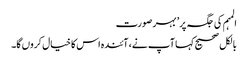
المہم کی جگہ پر’ بہر صورت
بالکل صحیح کہا آپ نے، آئندہ اس کا خیال کروں گا۔